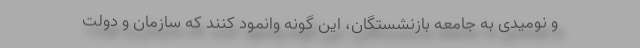
و نومیدی به جامعه بازنشستگان، این گونه وانمود کنند که سازمان و دولت